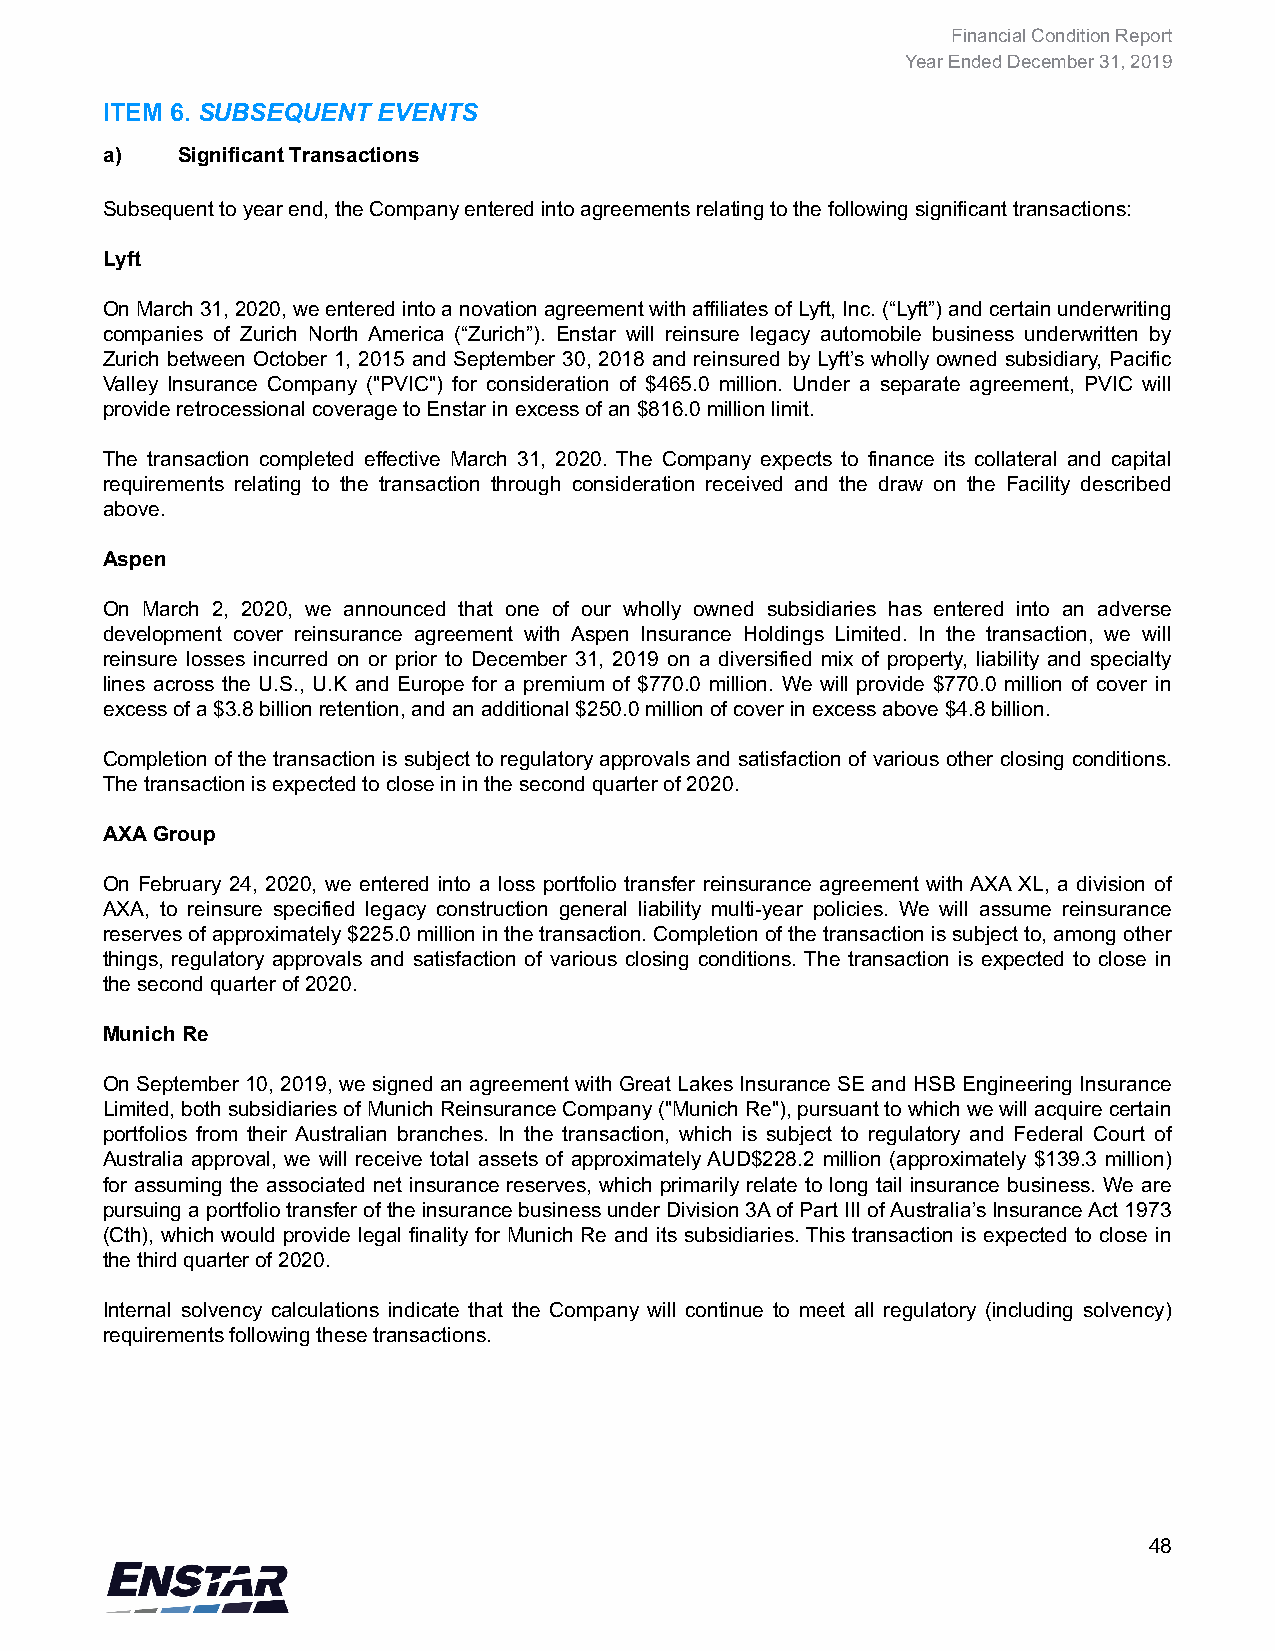
Financial Condition Report
 Year Ended December 31, 2019
 ITEM 6. SUBSEQUENT EVENTS
 a)   Significant Transactions
 Subsequent to year end, the Company entered into agreements relating to the following significant transactions:
 Lyft
 On March 31, 2020, we entered into a novation agreement with affiliates of Lyft, Inc. (“Lyft”) and certain underwriting
 companies of Zurich North America (“Zurich”). Enstar will reinsure legacy automobile business underwritten by
 Zurich between October 1, 2015 and September 30, 2018 and reinsured by Lyft’s wholly owned subsidiary, Pacific
 Valley Insurance Company ("PVIC") for consideration of $465.0 million. Under a separate agreement, PVIC will
 provide retrocessional coverage to Enstar in excess of an $816.0 million limit.
 The transaction completed effective March 31, 2020. The Company expects to finance its collateral and capital
 requirements relating to the transaction through consideration received and the draw on the Facility described
 above.
 Aspen
 On March 2, 2020, we announced that one of our wholly owned subsidiaries has entered into an adverse
 development cover reinsurance agreement with Aspen Insurance Holdings Limited. In the transaction, we will
 reinsure losses incurred on or prior to December 31, 2019 on a diversified mix of property, liability and specialty
 lines across the U.S., U.K and Europe for a premium of $770.0 million. We will provide $770.0 million of cover in
 excess of a $3.8 billion retention, and an additional $250.0 million of cover in excess above $4.8 billion.
 Completion of the transaction is subject to regulatory approvals and satisfaction of various other closing conditions.
 The transaction is expected to close in in the second quarter of 2020.
 AXA Group
 On February 24, 2020, we entered into a loss portfolio transfer reinsurance agreement with AXA XL, a division of
 AXA, to reinsure specified legacy construction general liability multi-year policies. We will assume reinsurance
 reserves of approximately $225.0 million in the transaction. Completion of the transaction is subject to, among other
 things, regulatory approvals and satisfaction of various closing conditions. The transaction is expected to close in
 the second quarter of 2020.
 Munich Re
 On September 10, 2019, we signed an agreement with Great Lakes Insurance SE and HSB Engineering Insurance
 Limited, both subsidiaries of Munich Reinsurance Company ("Munich Re"), pursuant to which we will acquire certain
 portfolios from their Australian branches. In the transaction, which is subject to regulatory and Federal Court of
 Australia approval, we will receive total assets of approximately AUD$228.2 million (approximately $139.3 million)
 for assuming the associated net insurance reserves, which primarily relate to long tail insurance business. We are
 pursuing a portfolio transfer of the insurance business under Division 3A of Part III of Australia’s Insurance Act 1973
 (Cth), which would provide legal finality for Munich Re and its subsidiaries. This transaction is expected to close in
 the third quarter of 2020.
 Internal solvency calculations indicate that the Company will continue to meet all regulatory (including solvency)
 requirements following these transactions.
 48